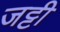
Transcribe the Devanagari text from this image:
जट्टी